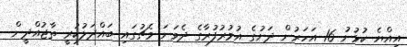
އިއްޔެ ކުޅުނު 16 އަހަރުން ދަށުގެ އުމުރުފުރާގެ ދެވަނަ މެޗުގައި ބައްދަލުކުރީ ތާޖުއްދީން